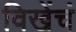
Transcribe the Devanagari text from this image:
विखेंचं